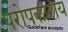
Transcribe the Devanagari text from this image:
परोपकाराय